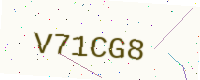
Text: V71CG8